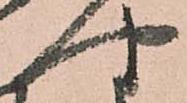
や